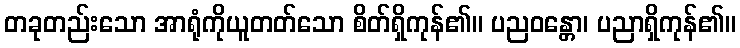
တခုတည်းသော အာရုံကိုယူတတ်သော စိတ်ရှိကုန်၏။ ပညဝန္တော၊ ပညာရှိကုန်၏။